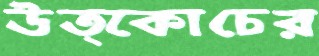
উত্কোচের